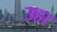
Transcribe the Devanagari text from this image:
उहा